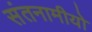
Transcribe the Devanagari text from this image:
संतनामीयो